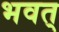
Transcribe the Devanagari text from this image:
भवत्